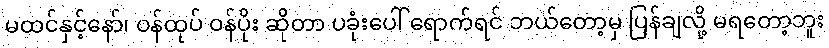
မထင်နှင့်နော်၊ ဝန်ထုပ် ဝန်ပိုး ဆိုတာ ပခုံးပေါ် ရောက်ရင် ဘယ်တော့မှ ပြန်ချလို့ မရတော့ဘူး